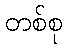
တစ်စု